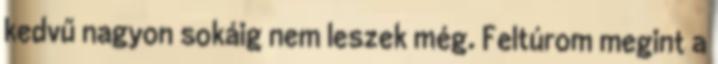
kedvű nagyon sokáig nem leszek még. Feltúrom megint a